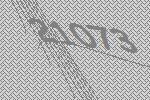
21073